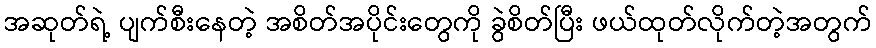
အဆုတ်ရဲ့ ပျက်စီးနေတဲ့ အစိတ်အပိုင်းတွေကို ခွဲစိတ်ပြီး ဖယ်ထုတ်လိုက်တဲ့အတွက်